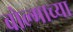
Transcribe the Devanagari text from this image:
वोल्गाच्या